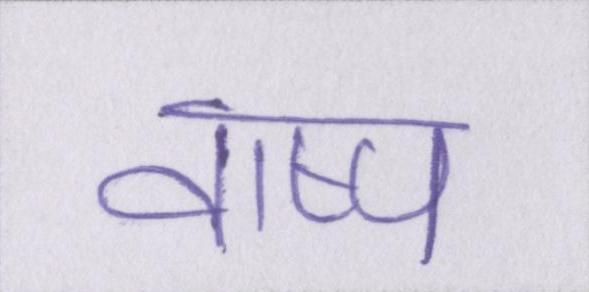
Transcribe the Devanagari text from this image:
वाष्प